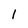
Character: l